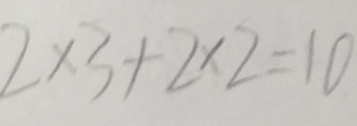
2 \times 3 + 2 \times 2 = 1 0